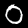
Digit: 0